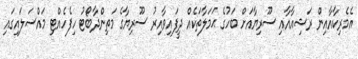
އެމެރިކާއާއިން ރަޝިއާއާއި ސޫރިޔާއަށް ބަހުގެ ޙަމަލާތަކެއް ދީފައިވާއިރު ސޫރިޔާގެ މަތިންދާބޯޓު ހިފެހެއްޓި މައްސަލައިގައި